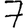
Digit: 7